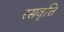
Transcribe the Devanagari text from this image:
रसवृत्ति